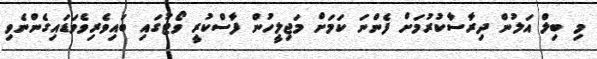
މި ބިލް އަލުން ދިރާސާކުރުމަށް ފެންނަ ކަމަށް މަޖިލީހުން ފާސްކުރީ ވޯޓުގައި ބައިވެރިވެވަޑައިގެންނެވި